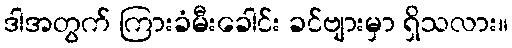
ဒါအတွက် ကြားခံမီးခေါင်း ခင်ဗျားမှာ ရှိသလား။